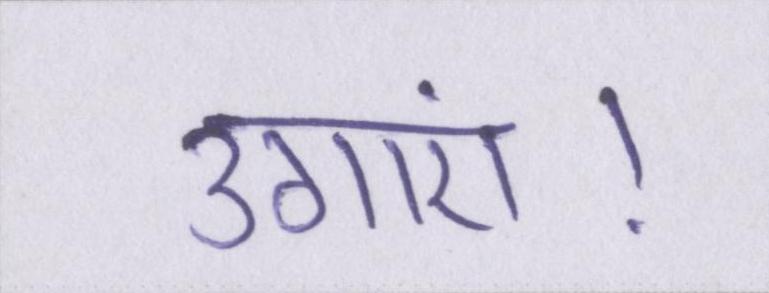
उगाएं।